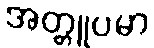
အတ္တူပမာ